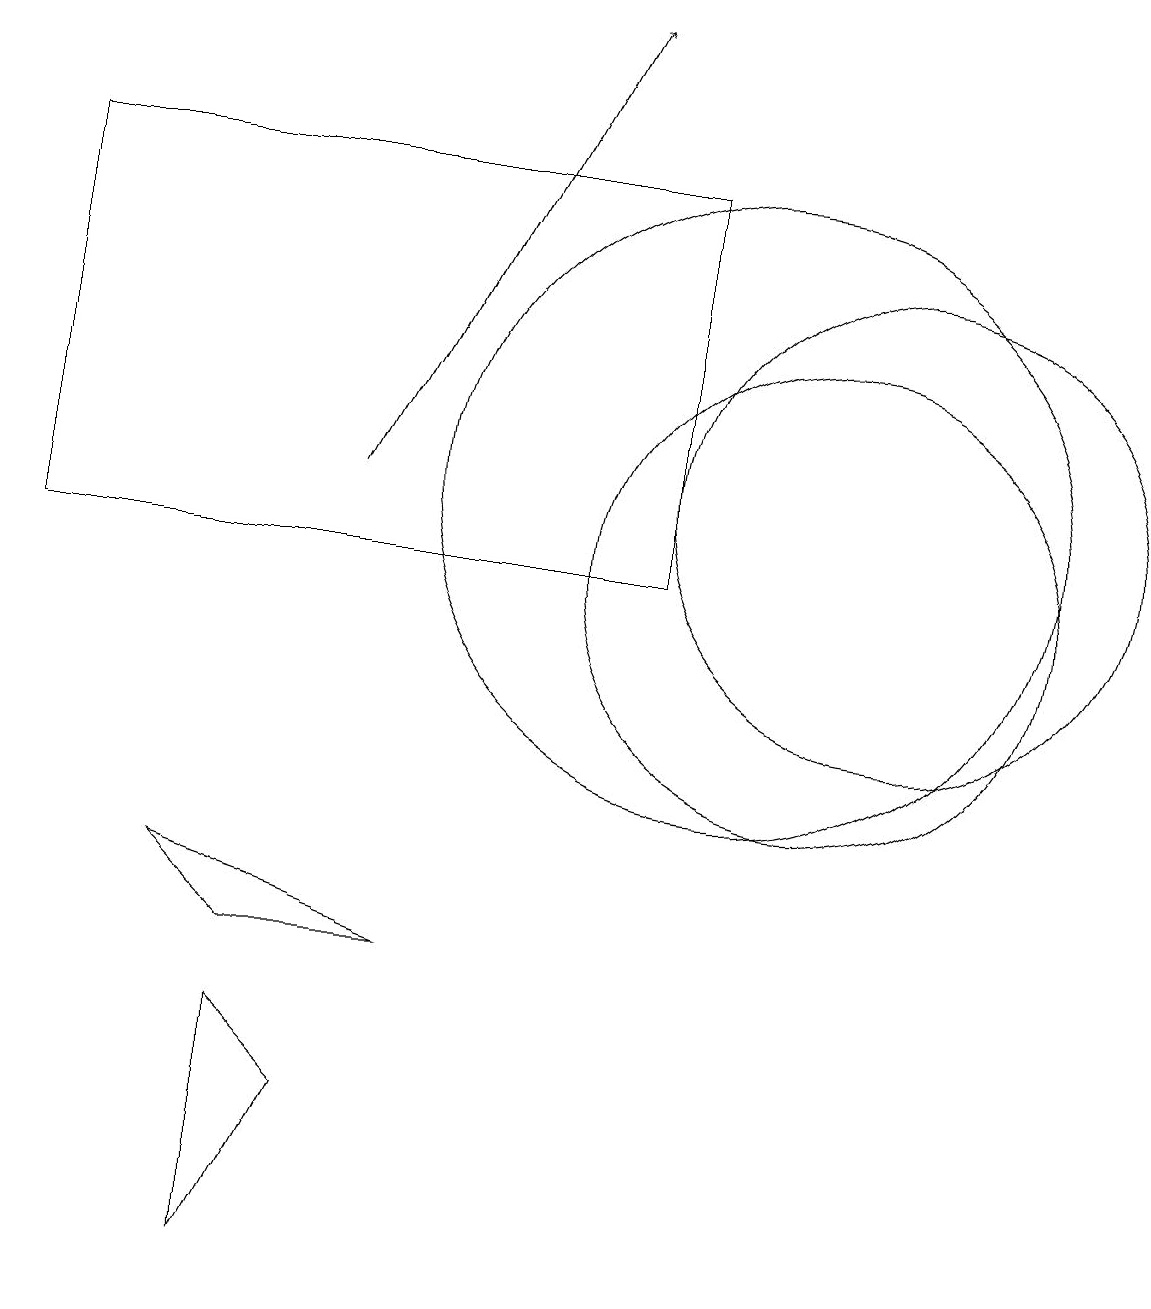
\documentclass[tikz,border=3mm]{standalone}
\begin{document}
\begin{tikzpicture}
\draw (9,10) rectangle (1,15);
\draw[->] (5,11) -- (8,17);
\draw (6,5) -- (3,6) -- (4,5) -- cycle;
\draw (12,11) circle (3);
\draw (4,4) -- (5,3) -- (4,1) -- cycle;
\draw (10,11) circle (4);
\draw (11,10) circle (3);
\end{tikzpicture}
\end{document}